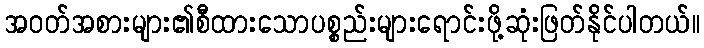
အဝတ်အစားများ၏စီထားသောပစ္စည်းများရောင်းဖို့ဆုံးဖြတ်နိုင်ပါတယ်။